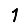
Digit: 1